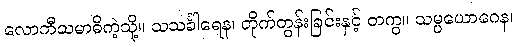
လောကီသမာဓိကဲ့သို့။ သသင်္ခါရေန၊ တိုက်တွန်းခြင်းနှင့် တကွ။ သမ္ပယောဂေန၊